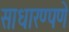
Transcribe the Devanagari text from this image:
साधारण्पणे